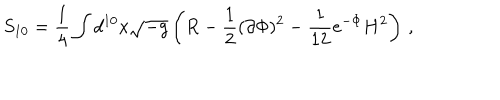
LaTeX: S _ { 1 0 } = \frac { 1 } { 4 } \int d ^ { 1 0 } x \sqrt { - g } \left( R - \frac { 1 } { 2 } ( \partial \Phi ) ^ { 2 } - \frac { 1 } { 1 2 } e ^ { - \Phi } H ^ { 2 } \right) \, ,